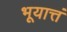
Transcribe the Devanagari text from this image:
भूयात्तं